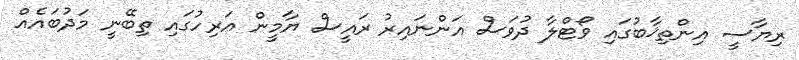
ރިޔާސީ އިންތިޚާބުގައި ވޯޓްލާ ދުވަސް އަންނައިރު ރައީސް ޔާމީން އަރިހުގައި ތިބޭނީ މަދުބައެއް